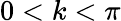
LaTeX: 0<k<\pi